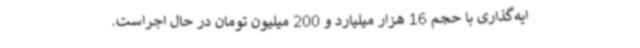
ایه‌گذاری با حجم 16 هزار میلیارد و 200 میلیون تومان در حال اجراست.